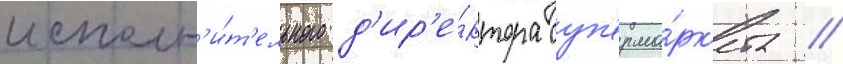
исполн'и́т'ельного д'ир'е́ктора суп'ерма́рк'ета //